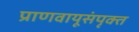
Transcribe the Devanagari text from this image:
प्राणवायूसंपृक्त